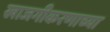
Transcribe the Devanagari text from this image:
खाजगीकरणाच्या